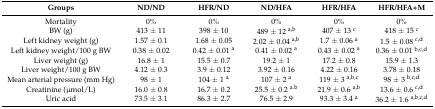
<table><thead><tr><td><b>Groups</b></td><td><b>ND/ND</b></td><td><b>HFR/ND</b></td><td><b>ND/HFA</b></td><td><b>HFR/HFA</b></td><td><b>HFR/HFA+M</b></td></tr></thead><tbody><tr><td>Mortality</td><td>0%</td><td>0%</td><td>0%</td><td>0%</td><td>0%</td></tr><tr><td>BW (g)</td><td>413 ± 11</td><td>398 ± 10</td><td>489 ± 12 <sup>a,b</sup></td><td>407 ± 13 <sup>c</sup></td><td>418 ± 15 <sup>c</sup></td></tr><tr><td>Left kidney weight (g)</td><td>1.57 ± 0.1</td><td>1.68 ± 0.05</td><td>2.02 ± 0.04 <sup>a,b</sup></td><td>1.7 ± 0.06 <sup>a</sup></td><td>1.5 ± 0.08 <sup>c,d</sup></td></tr><tr><td>Left kidney weight/100 g BW</td><td>0.38 ± 0.02</td><td>0.42 ± 0.01 <sup>a</sup></td><td>0.41 ± 0.02 <sup>a</sup></td><td>0.43 ± 0.02 <sup>a</sup></td><td>0.36 ± 0.01 <sup>b,c,d</sup></td></tr><tr><td>Liver weight (g)</td><td>16.8 ± 1</td><td>15.5 ± 0.7</td><td>19.2 ± 1</td><td>17.2 ± 0.8</td><td>15.9 ± 1.3</td></tr><tr><td>Liver weight/100 g BW</td><td>4.12 ± 0.3</td><td>3.9 ± 0.12</td><td>3.92 ± 0.16</td><td>4.22 ± 0.16</td><td>3.78 ± 0.18</td></tr><tr><td>Mean arterial pressure (mm Hg)</td><td>98 ± 1</td><td>104 ± 1 <sup>a</sup></td><td>107 ± 2 <sup>a</sup></td><td>119 ± 3 <sup>a,b,c</sup></td><td>98 ± 3 <sup>b,c,d</sup></td></tr><tr><td>Creatinine (μmol/L)</td><td>16.0 ± 0.8</td><td>16.7 ± 0.2</td><td>25.5 ± 0.2 <sup>a.b</sup></td><td>21.9 ± 0.6 <sup>a,b</sup></td><td>13.6 ± 0.6 <sup>c,d</sup></td></tr><tr><td>Uric acid</td><td>73.5 ± 3.1</td><td>86.3 ± 2.7</td><td>76.5 ± 2.9</td><td>93.3 ± 3.4 <sup>a</sup></td><td>36.2 ± 1.6 <sup>a,b,c,d</sup></td></tr></tbody></table>